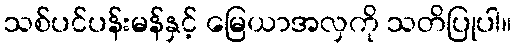
သစ်ပင်ပန်းမန်နှင့် မြေယာအလှကို သတိပြုပါ။